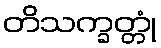
တိသက္ခတ္တုံ